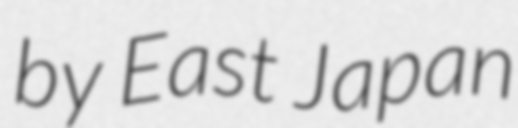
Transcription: by East Japan